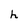
Character: h